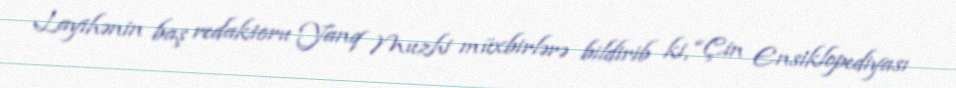
Layihənin baş redaktoru Yanq Muzhi müxbirlərə bildirib ki, “Çin Ensiklopediyası